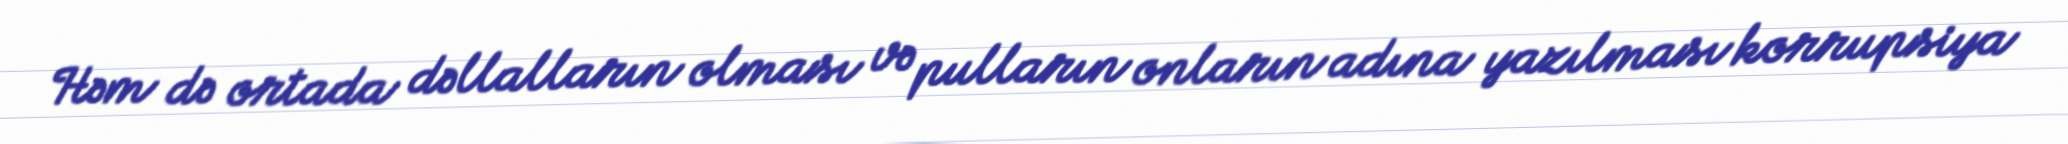
Həm də ortada dəllalların olması və pulların onların adına yazılması korrupsiya